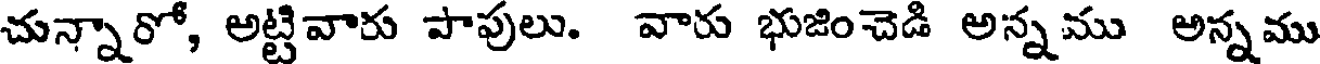
చున్నారో, అట్టివారు పాపులు. వారు భుజించెడి అన్నము అన్నము